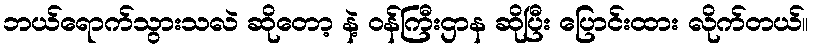
ဘယ်ရောက်သွားသလဲ ဆိုတော့ နဲ့ ဝန်ကြီးဌာန ဆိုပြီး ပြောင်းထား လိုက်တယ်။